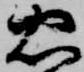
忠